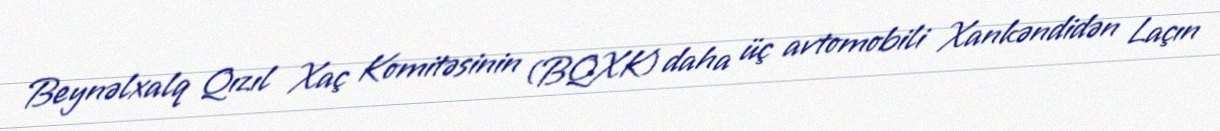
Beynəlxalq Qızıl Xaç Komitəsinin (BQXK) daha üç avtomobili Xankəndidən Laçın